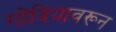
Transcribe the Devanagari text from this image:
गोंदियावरून